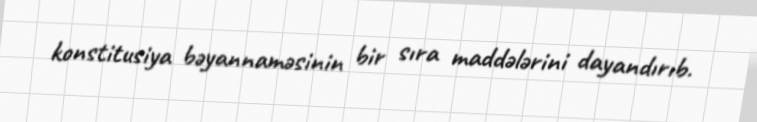
konstitusiya bəyannaməsinin bir sıra maddələrini dayandırıb.